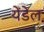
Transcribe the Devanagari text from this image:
येंडेल